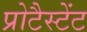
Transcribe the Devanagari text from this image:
प्रोटैस्टेंट